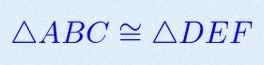
\triangle ABC\cong\triangle DEF